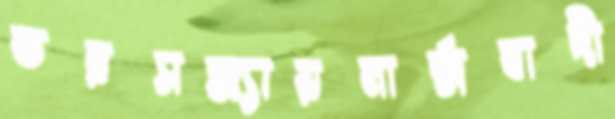
ভরসন্ধ্যায়মার্ক্সবাদী